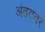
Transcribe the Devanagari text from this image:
अंतरावर